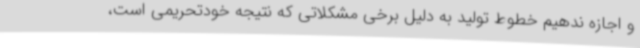
و اجازه ندهیم خطوط تولید به دلیل برخی مشکلاتی که نتیجه خودتحریمی است،